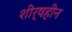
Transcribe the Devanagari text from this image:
शीर्षहीन